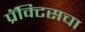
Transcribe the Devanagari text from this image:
प्रॅक्‍टिसचा